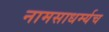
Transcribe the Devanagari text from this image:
नामसाधर्म्यच